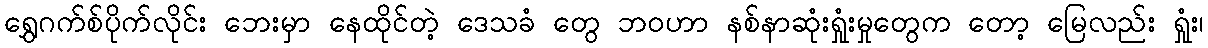
ရွှေဂက်စ်ပိုက်လိုင်း ဘေးမှာ နေထိုင်တဲ့ ဒေသခံ တွေ ဘဝဟာ နစ်နာဆုံးရှုံးမှုတွေက တော့ မြေလည်း ရှုံး၊